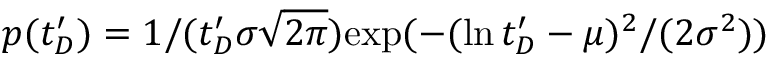
p ( t _ { D } ^ { \prime } ) = 1 / ( t _ { D } ^ { \prime } \sigma \sqrt { 2 \pi } ) \mathrm { e x p } ( - ( \ln t _ { D } ^ { \prime } - \mu ) ^ { 2 } / ( 2 \sigma ^ { 2 } ) )